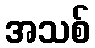
အသစ်